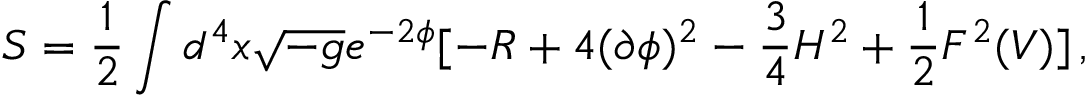
S = \frac { 1 } { 2 } \int d ^ { 4 } x \sqrt { - g } e ^ { - 2 \phi } [ - R + 4 ( \partial \phi ) ^ { 2 } - \frac { 3 } { 4 } H ^ { 2 } + \frac { 1 } { 2 } F ^ { 2 } ( V ) ] \, ,